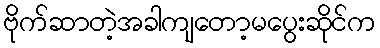
ဗိုက်ဆာတဲ့အခါကျတော့မပွေးဆိုင်က